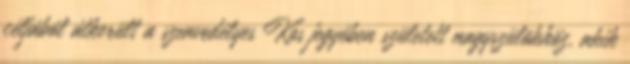
céljából átkerült a szenvedélyes Kos jegyében született nagyszülõkhöz, akik